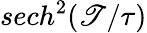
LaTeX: sech^{2}({\mathscr{T}/\tau})